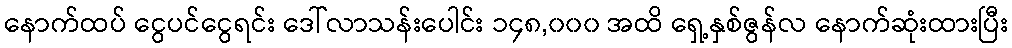
နောက်ထပ် ငွေပင်ငွေရင်း ဒေါ်လာသန်းပေါင်း ၁၄၈,၀၀၀ အထိ ရှေ့နှစ်ဇွန်လ နောက်ဆုံးထားပြီး